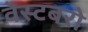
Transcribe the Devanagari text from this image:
वेस्टबरो